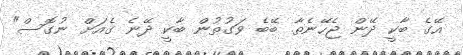
އޭގެ ބާކީ ދޭން ޖެހޭނެތާ. ބޭބެ ވަގުތުން ބާކީ ދޭނެ ގެއަށް ނުގޮސް"